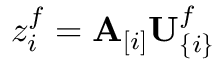
z _ { i } ^ { f } = \mathbf { A } _ { [ i ] } \mathbf { U } _ { \{ i \} } ^ { f }